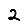
Digit: 2